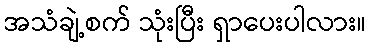
အသံချဲ့စက် သုံးပြီး ရှာပေးပါလား။